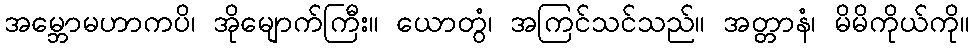
အမ္ဘောမဟာကပိ၊ အိုမျောက်ကြီး။ ယောတွံ၊ အကြင်သင်သည်။ အတ္တာနံ၊ မိမိကိုယ်ကို။